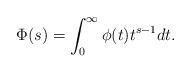
LaTeX: \begin{align*} \Phi(s) = \int_{0}^{\infty} \phi(t) t^{s-1} dt. \end{align*}